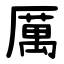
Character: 厲